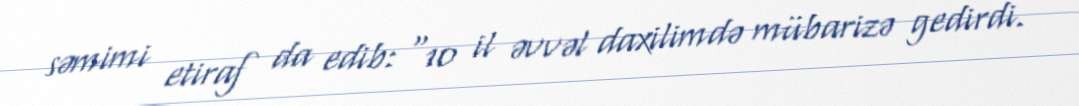
səmimi etiraf da edib: “10 il əvvəl daxilimdə mübarizə gedirdi.